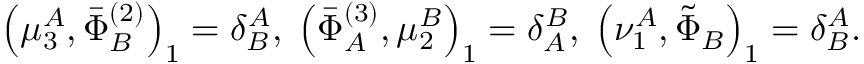
\left( \mu _ { 3 } ^ { A } , \bar { \Phi } _ { B } ^ { ( 2 ) } \right) _ { 1 } = \delta _ { B } ^ { A } , \; \left( \bar { \Phi } _ { A } ^ { ( 3 ) } , \mu _ { 2 } ^ { B } \right) _ { 1 } = \delta _ { A } ^ { B } , \; \left( \nu _ { 1 } ^ { A } , \tilde { \Phi } _ { B } \right) _ { 1 } = \delta _ { B } ^ { A } .